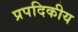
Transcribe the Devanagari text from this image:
प्रपदिकीय